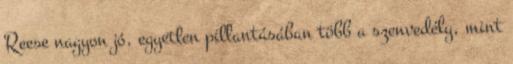
Reese nagyon jó, egyetlen pillantásában több a szenvedély, mint